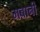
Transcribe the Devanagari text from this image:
मबानी